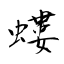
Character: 螻